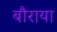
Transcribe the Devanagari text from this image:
बौराया